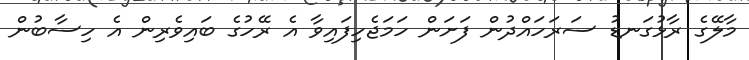
މާލޭގެ ރާޅުގަނޑު ސަރަހައްދުން ފަށަން ހަމަޖެހިފައިވާ އެ ރޭހުގެ ބައިވެރިން އެ ހިސާބުން